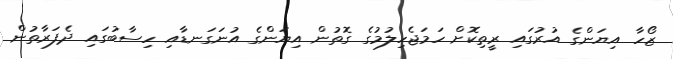
ޒޯހާ އިޔަންގެ އުރުގައި ރީތިކޮށް ހަމަޖެހިލުމުގެ ގޮތުން އިޔަންގެ އުނަގަނޑާއި ހިސާބުގައި ދެފަރާތުން